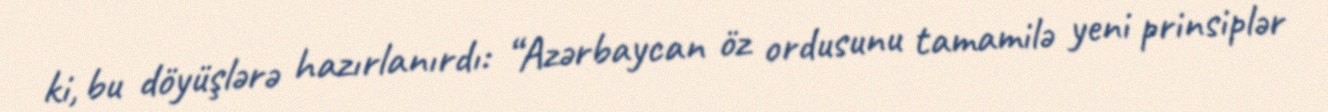
ki, bu döyüşlərə hazırlanırdı: “Azərbaycan öz ordusunu tamamilə yeni prinsiplər